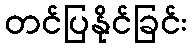
တင်ပြနိုင်ခြင်း